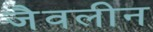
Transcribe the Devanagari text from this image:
जैवलीन